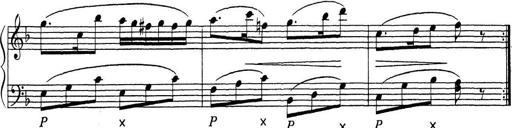
Title: ÄŒeskÃ© Sonatiny
Composer: Various